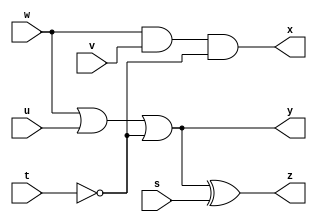
module top( s, t, u, v, w, x, y, z );
input s, t, u, v, w;
output x, y, z;
wire tn;
not ( tn, t );
and ( x, w, v, tn );
or ( y, w, u, tn );
xor ( z, y, s );
endmodule